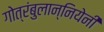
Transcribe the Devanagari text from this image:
गोत्रंबुलान्नियेनी